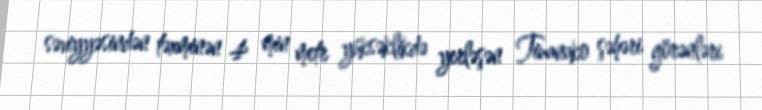
səviyyəsindən təxminən 4 min metr yüksəklikdə yerləşən Tiuanako şəhəri görənləri